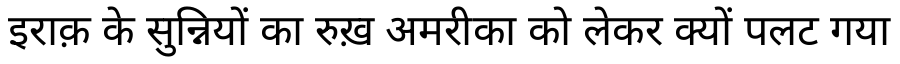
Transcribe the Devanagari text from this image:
इराक़ के सुन्नियों का रुख़ अमरीका को लेकर क्यों पलट गया